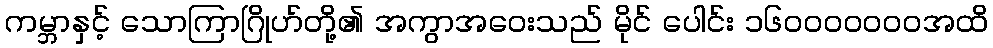
ကမ္ဘာနှင့် သောကြာဂြိုဟ်တို့၏ အကွာအဝေးသည် မိုင် ပေါင်း ၁၆၀၀၀၀၀၀၀အထိ